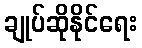
ချုပ်ဆိုနိုင်ရေး